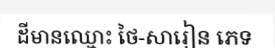
ដីមានឈ្មោះ ថៃ-សារៀន ភេទ